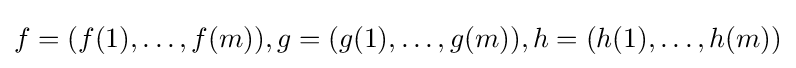
f=(f(1),\dots ,f(m)),g=(g(1),\dots ,g(m)),h=(h(1),\dots ,h(m))